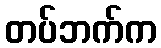
တပ်ဘက်က